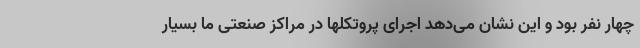
چهار نفر بود و این نشان می‌دهد اجرای پروتکلها در مراکز صنعتی ما بسیار